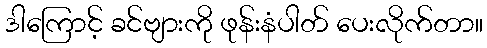
ဒါကြောင့် ခင်ဗျားကို ဖုန်းနံပါတ် ပေးလိုက်တာ။